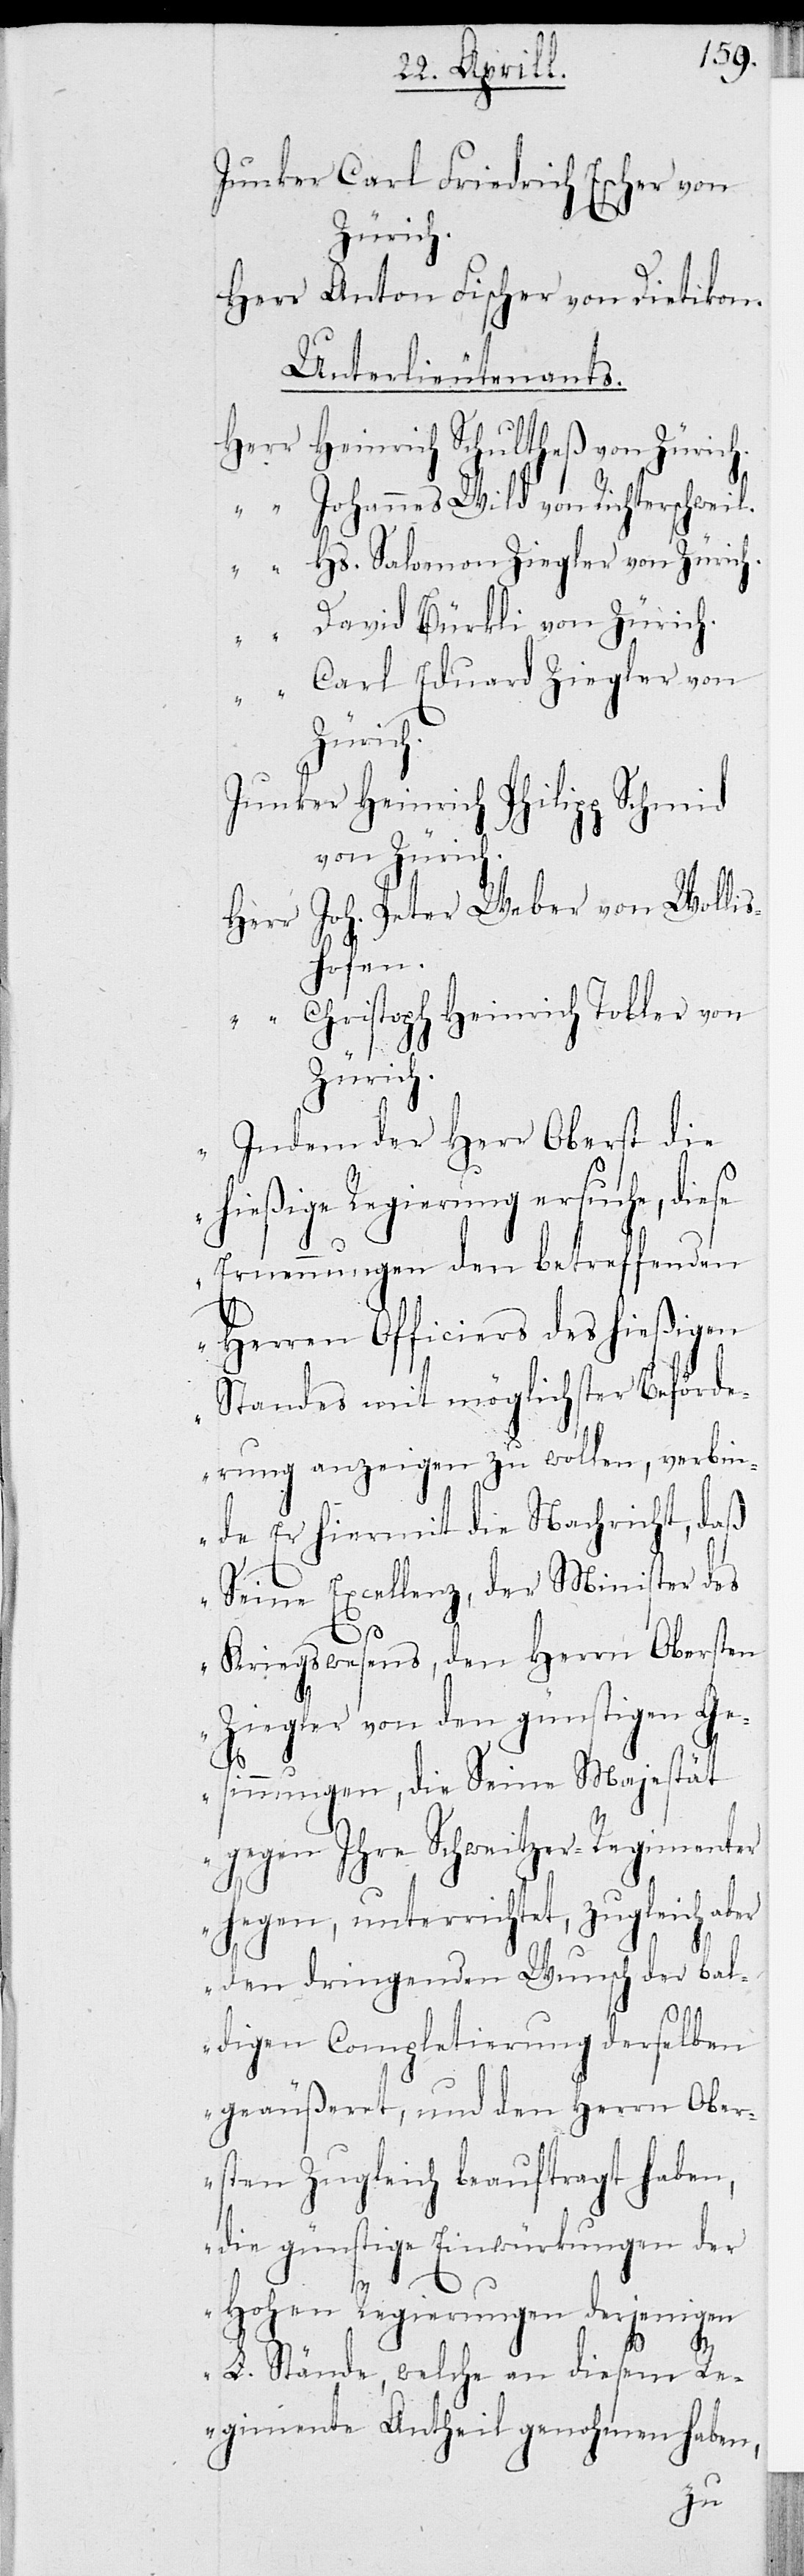
Junker Carl Friedrich Escher von
Zürich.
Herr Anton Fischer von Dietikon.
Unterlieutenants.
Herr Heinrich Schultheß von Zürich.
„ Johannes Wild von Richterschweil.
„ Hs. Salomon Ziegler von Zürich.
„ David Bürkli von Zürich.
„ Carl Eduard Ziegler von
Zürich.
Junker Heinrich Philipp Schmid
von Zürich.
Herr Johann Peter Weber von Wollis¬
hofen.
„ Christoph Heinrich Tobler von
Zürich.
Indem der Herr Oberst die
hießige Regierung ersuche, diese
Ernennungen den betreffenden
Herren Officiers des hießigen
Standes mit möglichster Beförde¬
rung anzeigen zu wollen, verbi¬
nde Er hiermit die Nachricht, daß
Seine Excellenz, der Minister des
Kriegswesens, den Herrn Obersten
Ziegler von den günstigen Ge¬
sinnungen, die Seine Majestät
gegen Ihre Schweitzer-Regimenter
hegen, unterrichtet, zugleich aber
den dringenden Wunsch der bal¬
digen Completierung derselben
geäußert, und den Herrn Ober¬
sten zugleich beauftragt haben,
die günstigen Einwürkungen der
Hohen Regierungen derjenigen
L. Stände, welche an diesem Re¬
gimente Antheil genohmen haben,